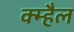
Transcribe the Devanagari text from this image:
क्म्हैल